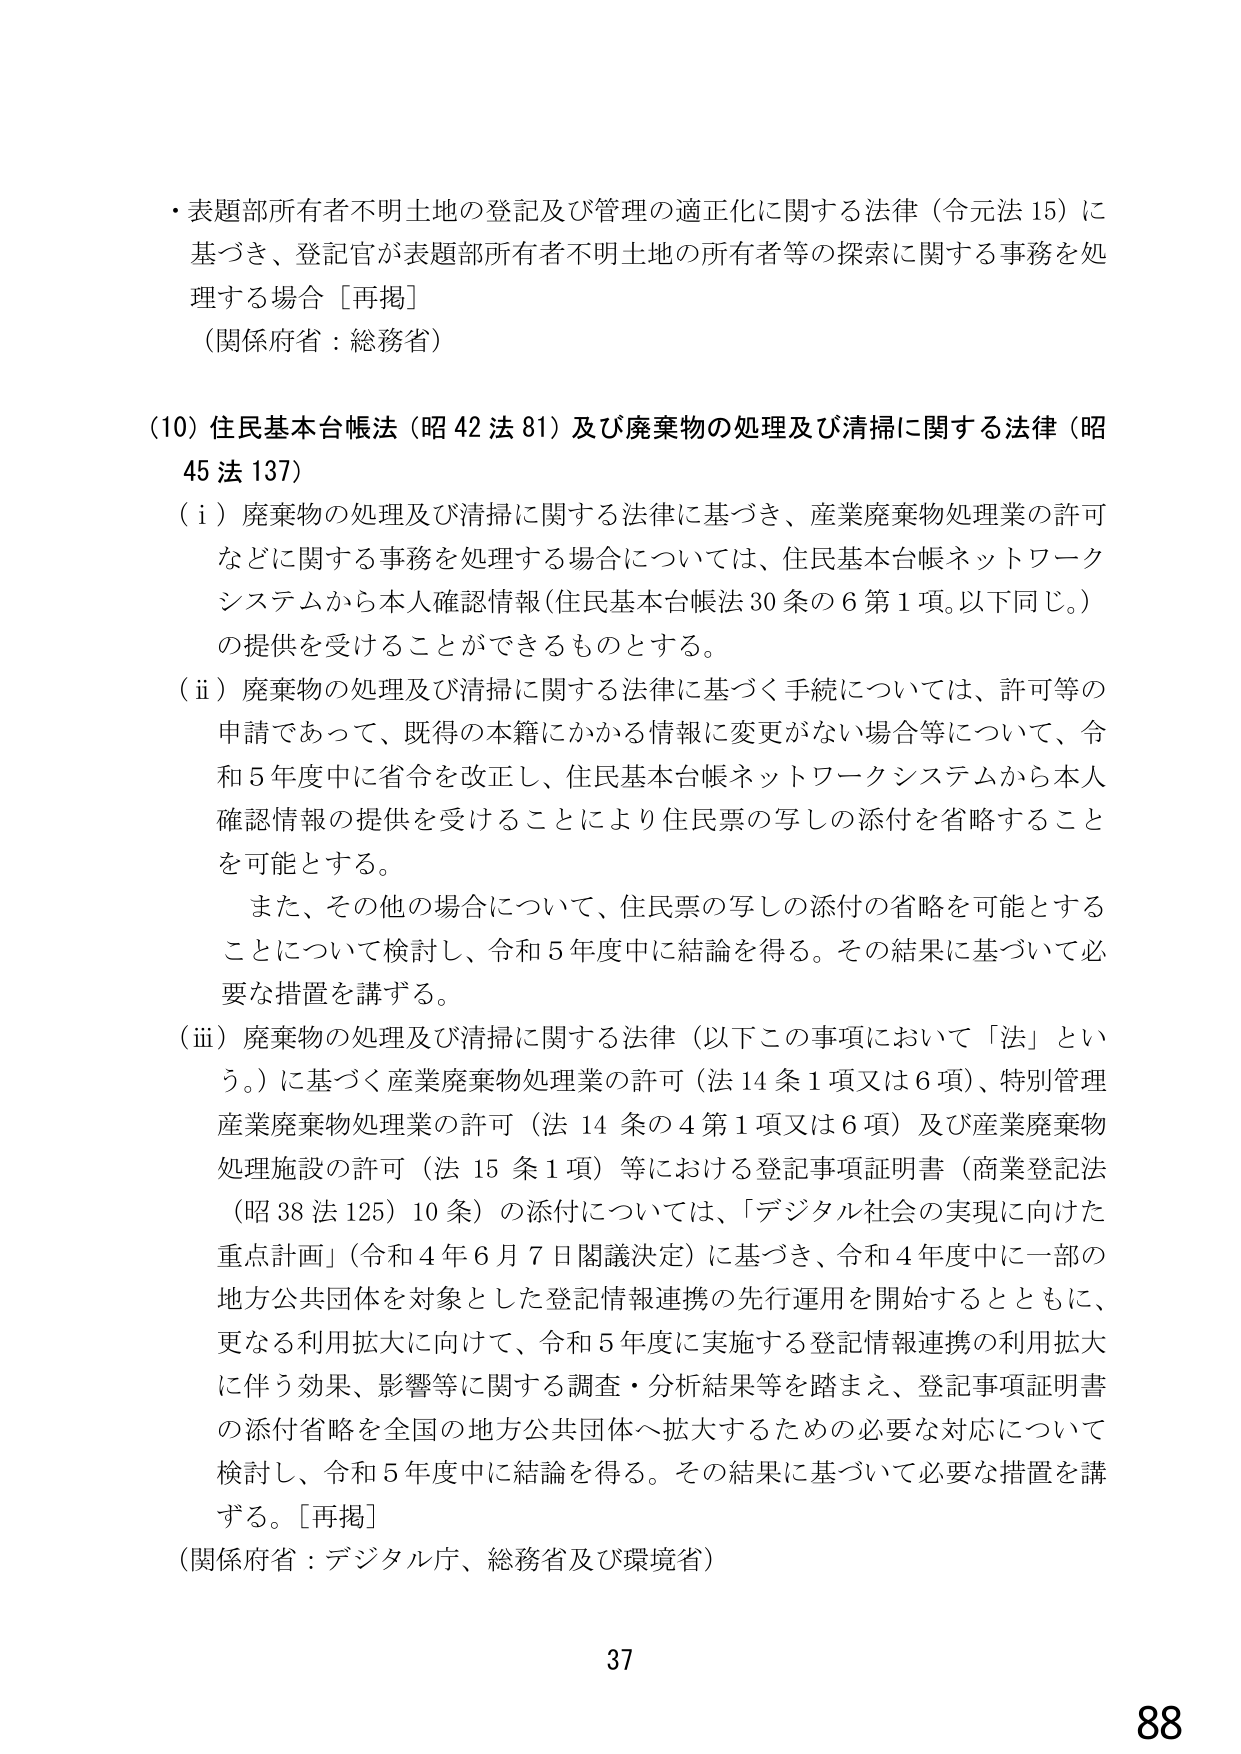
・表題部所有者不明土地の登記及び管理の適正化に関する法律（令元法15）に基づき、登記官が表題部所有者不明土地の所有者等の探索に関する事務を処理する場合［再掲］
（関係府省：総務省）

（10）住民基本台帳法（昭42法81）及び廃棄物の処理及び清掃に関する法律（昭45法137）
（i）廃棄物の処理及び清掃に関する法律に基づき、産業廃棄物処理業の許可などに関する事務を処理する場合については、住民基本台帳ネットワークシステムから本人確認情報（住民基本台帳法30条の6第1項。以下同じ。）の提供を受けることができるものとする。
（ii）廃棄物の処理及び清掃に関する法律に基づく手続については、許可等の申請であって、既得の本籍にかかる情報に変更がない場合等について、令和5年度中に省令を改正し、住民基本台帳ネットワークシステムから本人確認情報の提供を受けることにより住民票の写しの添付を省略することを可能とする。
　また、その他の場合について、住民票の写しの添付の省略を可能とすることについて検討し、令和5年度中に結論を得る。その結果に基づいて必要な措置を講ずる。
（iii）廃棄物の処理及び清掃に関する法律（以下この事項において「法」という。）に基づく産業廃棄物処理業の許可（法14条1項又は6項）、特別管理産業廃棄物処理業の許可（法14条の4第1項又は6項）及び産業廃棄物処理施設の許可（法15条1項）等における登記事項証明書（商業登記法（昭38法125）10条）の添付については、「デジタル社会の実現に向けた重点計画」（令和4年6月7日閣議決定）に基づき、令和4年度中に一部の地方公共団体を対象とした登記情報連携の先行運用を開始するとともに、更なる利用拡大に向けて、令和5年度に実施する登記情報連携の利用拡大に伴う効果、影響等に関する調査・分析結果等を踏まえ、登記事項証明書の添付省略を全国の地方公共団体へ拡大するための必要な対応について検討し、令和5年度中に結論を得る。その結果に基づいて必要な措置を講ずる。［再掲］
（関係府省：デジタル庁、総務省及び環境省）

37
88